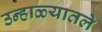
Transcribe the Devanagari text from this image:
उन्हाळ्यातले